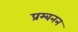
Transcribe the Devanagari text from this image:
प्रम्बनन